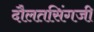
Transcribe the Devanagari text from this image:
दौलतसिंगजी